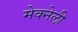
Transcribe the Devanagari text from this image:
मेक्नेली